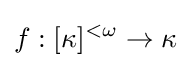
f:[\kappa ]^{<\omega }\to \kappa